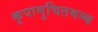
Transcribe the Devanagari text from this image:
कृपामुचितमम्ब